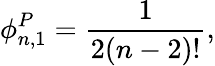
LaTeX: \phi_{n,1}^{P}=\frac{1}{2(n-2)!},